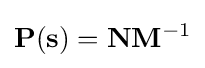
\mathbf {P(s)} =\mathbf {N} \mathbf {M} ^{-1}